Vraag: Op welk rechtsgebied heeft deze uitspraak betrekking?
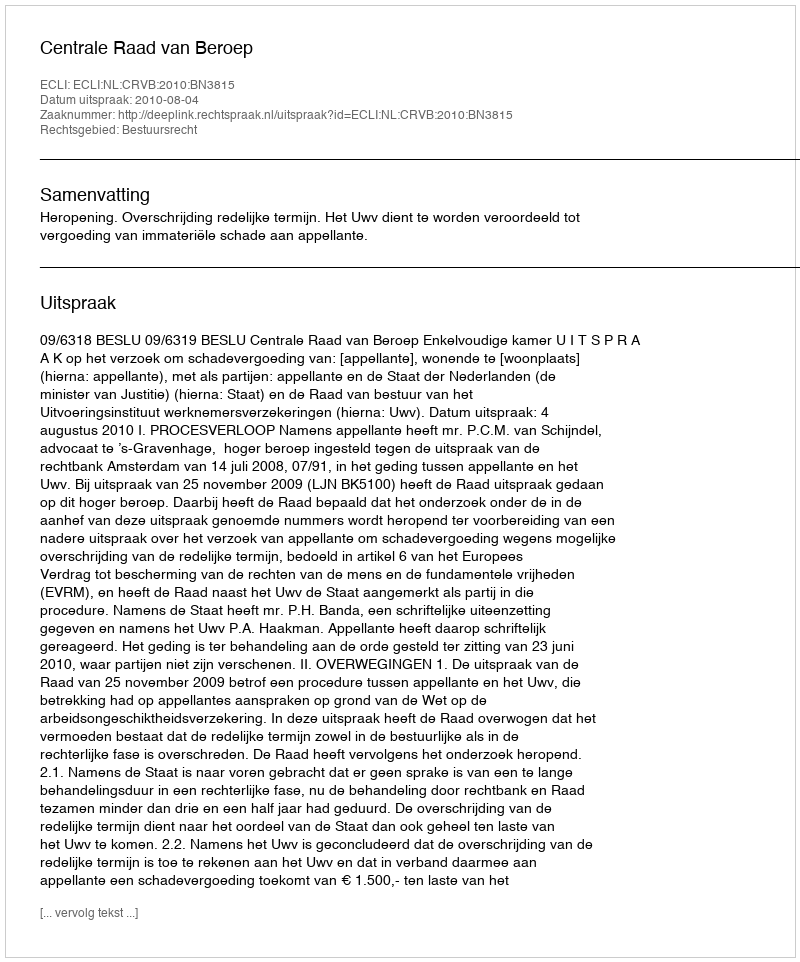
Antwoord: Bestuursrecht